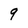
Character: 9